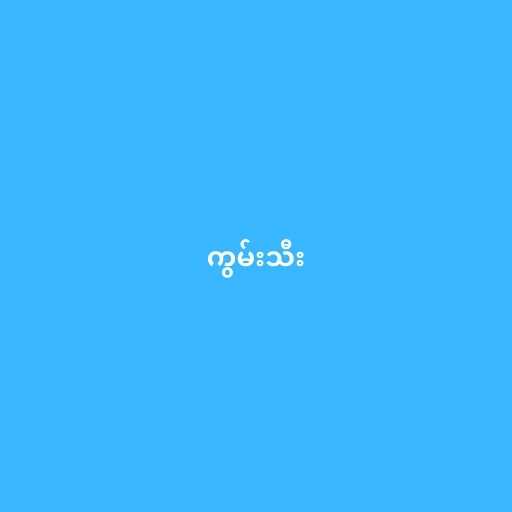
ကွမ်းသီး